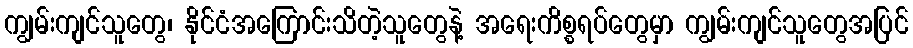
ကျွမ်းကျင်သူတွေ၊ နိုင်ငံအကြောင်းသိတဲ့သူတွေနဲ့ အရေးကိစ္စရပ်တွေမှာ ကျွမ်းကျင်သူတွေအပြင်